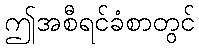
ဤအစီရင်ခံစာတွင်